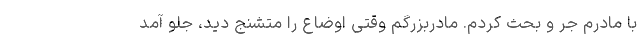
با مادرم جر و بحث کردم. مادربزرگم وقتی اوضاع را متشنج دید، جلو آمد